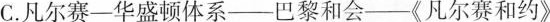
C.凡尔赛——华盛顿体系——巴黎和会——《凡尔赛和约》